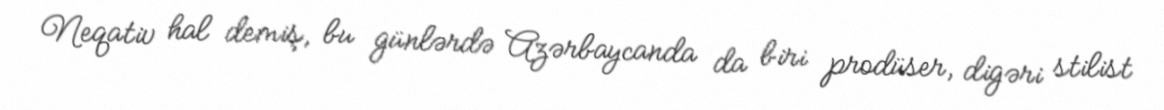
Neqativ hal demiş, bu günlərdə Azərbaycanda da biri prodüser, digəri stilist